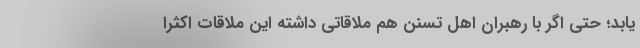
یابد؛ حتی اگر با رهبران اهل تسنن هم ملاقاتی داشته این ملاقات اکثرا